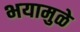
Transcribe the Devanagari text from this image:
भयामुळे